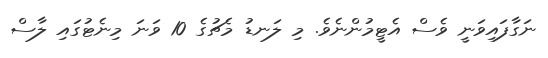
ނަގާފައިވަނީ ވެސް އެޓީމުންނެވެ. މި ލަނޑު މެޗުގެ 10 ވަނަ މިނެޓުގައި ލާސް